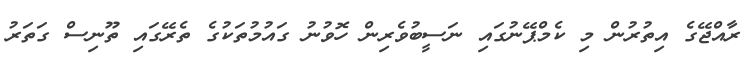
ރާއްޖޭގެ އިތުރުން މި ކެމްޕޭނުގައި ނަސީބުވެރިން ހޮވުނު ގައުމުތަކުގެ ތެރޭގައި ތޫނިސް ގަތަރު